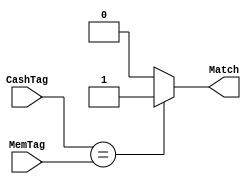
module Compare#(
parameter     TAG_LENGTH                =9
)
(
input         [(TAG_LENGTH-1):0]        CashTag,
input         [(TAG_LENGTH-1):0]        MemTag,
output reg                              Match
);
	 always @*
	 begin
		if (CashTag==MemTag)begin
			Match									=1'b1;
		end else begin
			Match									=1'b0;
		end
	 end
endmodule